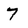
Character: 7